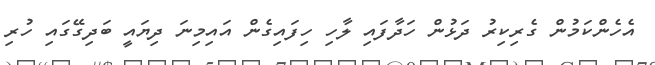
އެހެންކަމުން ގެރިކިރު ދަޅުން ހަދާފައި ލާހި ހިފައިގެން އައިމިނަ ދިޔައީ ބަދިގޭގައި ހުރި